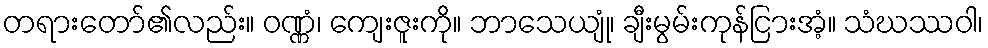
တရားတော်၏လည်း။ ဝဏ္ဏံ၊ ကျေးဇူးကို။ ဘာသေယျုံ၊ ချီးမွမ်းကုန်ငြားအံ့။ သံဃဿဝါ၊